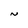
Character: N